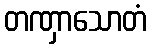
တဏှာသောတံ